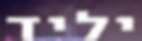
יליד